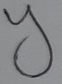
Text: Y